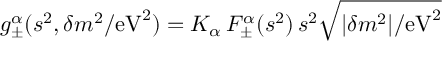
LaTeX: g _ { \pm } ^ { \alpha } ( s ^ { 2 } , \delta m ^ { 2 } / \mathrm { e V } ^ { 2 } ) = K _ { \alpha } \, F _ { \pm } ^ { \alpha } ( s ^ { 2 } ) \, s ^ { 2 } \sqrt { | \delta m ^ { 2 } | / \mathrm { e V } ^ { 2 } }